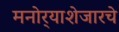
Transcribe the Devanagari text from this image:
मनोर्‍याशेजारचे